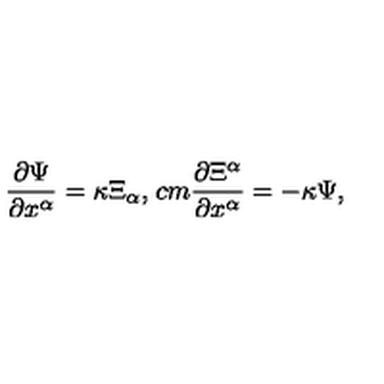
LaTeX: \frac { \partial \Psi } { \partial x ^ { \alpha } } = \kappa \Xi _ { \alpha } , \hspace * { 1 c m } \frac { \partial \Xi ^ { \alpha } } { \partial x ^ { \alpha } } = - \kappa \Psi ,